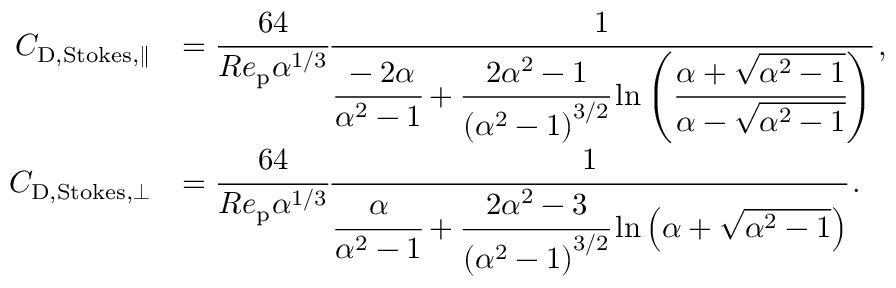
\begin{array} { r l } { C _ { \mathrm { D , S t o k e s } , \parallel } } & { = \cfrac { 6 4 } { R e _ { \mathrm { p } } \alpha ^ { 1 / 3 } } \cfrac { 1 } { \cfrac { - 2 \alpha } { \alpha ^ { 2 } - 1 } + \cfrac { 2 \alpha ^ { 2 } - 1 } { \left( \alpha ^ { 2 } - 1 \right) ^ { 3 / 2 } } \ln \left( \cfrac { \alpha + \sqrt { \alpha ^ { 2 } - 1 } } { \alpha - \sqrt { \alpha ^ { 2 } - 1 } } \right) } \, , } \\ { C _ { \mathrm { D , S t o k e s } , \perp } } & { = \cfrac { 6 4 } { R e _ { \mathrm { p } } \alpha ^ { 1 / 3 } } \cfrac { 1 } { \cfrac { \alpha } { \alpha ^ { 2 } - 1 } + \cfrac { 2 \alpha ^ { 2 } - 3 } { \left( \alpha ^ { 2 } - 1 \right) ^ { 3 / 2 } } \ln \left( { \alpha + \sqrt { \alpha ^ { 2 } - 1 } } \right) } \, . } \end{array}